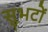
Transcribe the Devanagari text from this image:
सुभटों